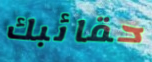
حقائبك